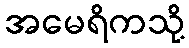
အမေရိကသို့